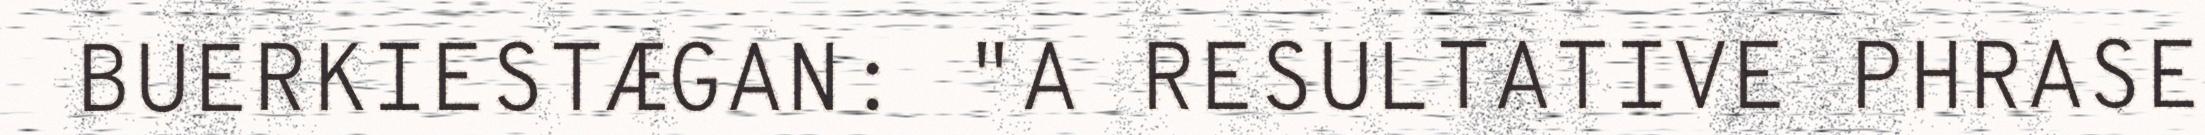
BUERKIESTÆGAN: "A RESULTATIVE PHRASE